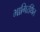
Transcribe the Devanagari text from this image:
भागिरथिंत